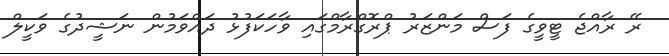
ރޭ ރާއްޖެ ޓީވީގެ ފަސް މަންޒަރު ޕްރޮގްރާމްގައި ވާހަކަފުޅު ދައްވަމުން ނަޝީދުގެ ވަކީލް